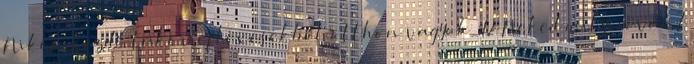
Nikon kezdő tükörreflexesekből otthon vagyok :D Neked milyen van?